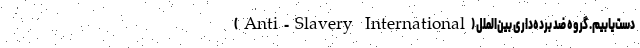
دست‌یابیم. گروه ضد برده‌داری بین‌الملل (Anti-Slavery International)